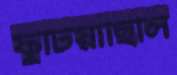
ফুটিয়াছিলি